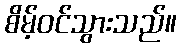
စိမ့်ဝင်သွားသည်။